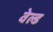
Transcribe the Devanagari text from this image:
वेल्‍ड